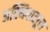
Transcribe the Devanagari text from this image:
अस्थिपासून